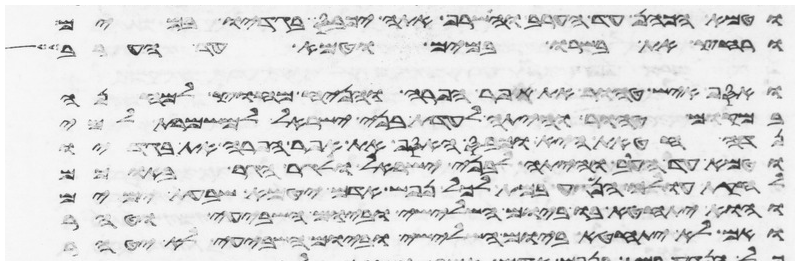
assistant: וטמא הכהן עד הערב והשרף אתה יכבס בגדיו במים
ורחץ את בשרו במים וטמא עד הערב
ואסף איש טהור את אפר הפרה והניח מחוץ למחנה
במקום טהור והיתה לעדת בני ישראל למשמרת למי
נדה חטאת היא וכבס האסף את אפר הפרה את בגדיו
וטמא עד הערב והיתה לבני ישראל ולגר הגר בתוכם
לחקות עולם הנגע במת לכל נפש אדם יטמא שבעת ימים
והוא יתחטא בו ביום השלישי וביום השביעי וטהר
ואם לא יתחטא ביום השלישי וביום השביעי לא יטהר